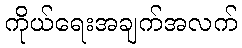
ကိုယ်ရေးအချက်အလက်